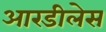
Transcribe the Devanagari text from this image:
आरडीलेस